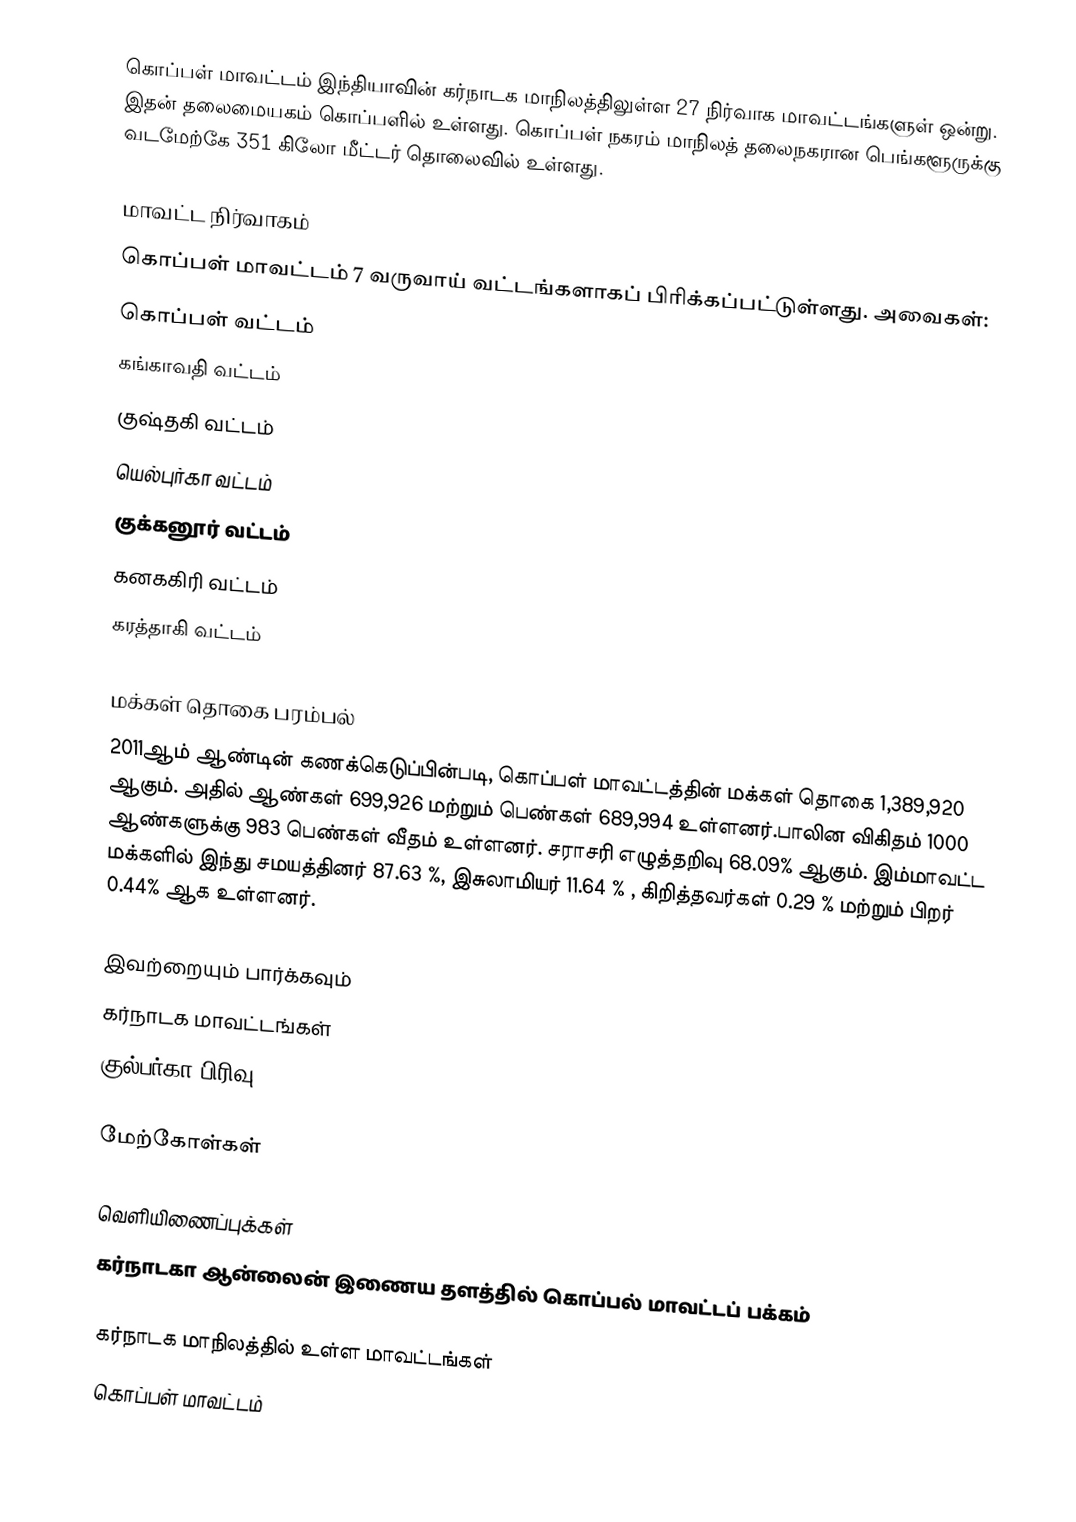
கொப்பள் மாவட்டம் இந்தியாவின் கர்நாடக மாநிலத்திலுள்ள 27 நிர்வாக மாவட்டங்களுள் ஒன்று. இதன் தலைமையகம் கொப்பளில் உள்ளது. கொப்பள் நகரம் மாநிலத் தலைநகரான பெங்களூருக்கு வடமேற்கே 351 கிலோ மீட்டர் தொலைவில் உள்ளது.

மாவட்ட நிர்வாகம்
கொப்பள் மாவட்டம் 7 வருவாய் வட்டங்களாகப் பிரிக்கப்பட்டுள்ளது. அவைகள்:
 கொப்பள் வட்டம்
 கங்காவதி வட்டம்
 குஷ்தகி வட்டம்
 யெல்புர்கா வட்டம்
குக்கனூர்  வட்டம்
 கனககிரி வட்டம்
 கரத்தாகி வட்டம்

மக்கள் தொகை பரம்பல்
2011ஆம் ஆண்டின் கணக்கெடுப்பின்படி,  கொப்பள் மாவட்டத்தின் மக்கள் தொகை  1,389,920 ஆகும். அதில்  ஆண்கள் 699,926  மற்றும் பெண்கள் 689,994 உள்ளனர்.பாலின விகிதம் 1000 ஆண்களுக்கு 983 பெண்கள் வீதம் உள்ளனர். சராசரி எழுத்தறிவு 68.09% ஆகும். இம்மாவட்ட மக்களில் இந்து சமயத்தினர் 87.63 %, இசுலாமியர் 11.64 % , கிறித்தவர்கள் 0.29 % மற்றும் பிறர் 0.44% ஆக உள்ளனர்.

இவற்றையும் பார்க்கவும்
 கர்நாடக மாவட்டங்கள்
 குல்பர்கா பிரிவு

மேற்கோள்கள்

வெளியிணைப்புக்கள்
 கர்நாடகா ஆன்லைன் இணைய தளத்தில் கொப்பல் மாவட்டப் பக்கம்

கர்நாடக மாநிலத்தில் உள்ள மாவட்டங்கள்
கொப்பள் மாவட்டம்